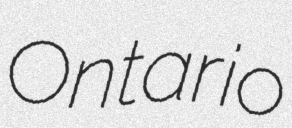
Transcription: Ontario